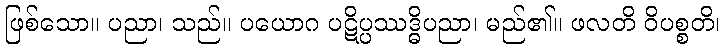
ဖြစ်သော။ ပညာ၊ သည်။ ပယောဂ ပဋိပ္ပဿဒ္ဓိပညာ၊ မည်၏။ ဖလတိ ဝိပစ္စတိ၊